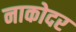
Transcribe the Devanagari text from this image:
नाकोदर